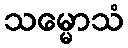
သမ္မောသံ